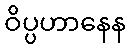
ဝိပ္ပဟာနေန